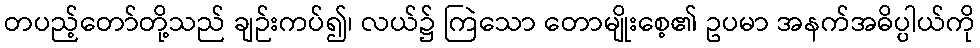
တပည့်တော်တို့သည် ချဉ်းကပ်၍၊ လယ်၌ ကြဲသော တောမျိုးစေ့၏ ဥပမာ အနက်အဓိပ္ပါယ်ကို